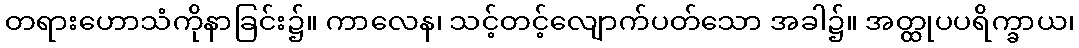
တရားဟောသံကိုနာခြင်း၌။ ကာလေန၊ သင့်တင့်လျောက်ပတ်သော အခါ၌။ အတ္ထုပပရိက္ခာယ၊